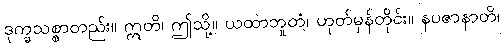
ဒုက္ခသစ္စာတည်း။ ဣတိ၊ ဤသို့။ ယထာဘူတံ၊ ဟုတ်မှန်တိုင်း။ နပဇာနာတိ၊